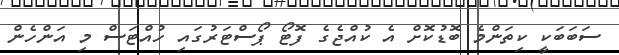
ސަބަބަކީ ކިތަންމެ ބޮޑުކޮށް އެ ކުއްޖެގެ ފޮޓޯ ޕޯސްޓަރުގައި ހުއްޓަސް މި އަންހެން